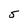
Character: 5